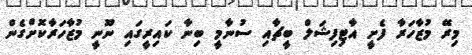
މިރޭ މުޒާހަރާ ފެށީ އާޓިފިޝަލް ބީޗާއި ސުނާމީ ބިނާ ކައިރީގައި ނޫނީ މުޒާހަރާކޮށްގެން